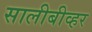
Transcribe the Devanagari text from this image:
सालीबीव्हर